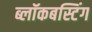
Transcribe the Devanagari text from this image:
ब्लॉकबस्टिंग